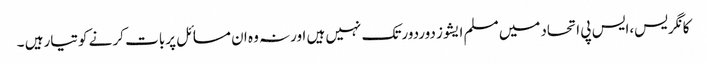
کانگریس،ایس پی اتحادمیں مسلم ایشوز دوردورتک نہیں ہیں اورنہ وہ ان مسائل پربات کر نے کوتیارہیں ۔